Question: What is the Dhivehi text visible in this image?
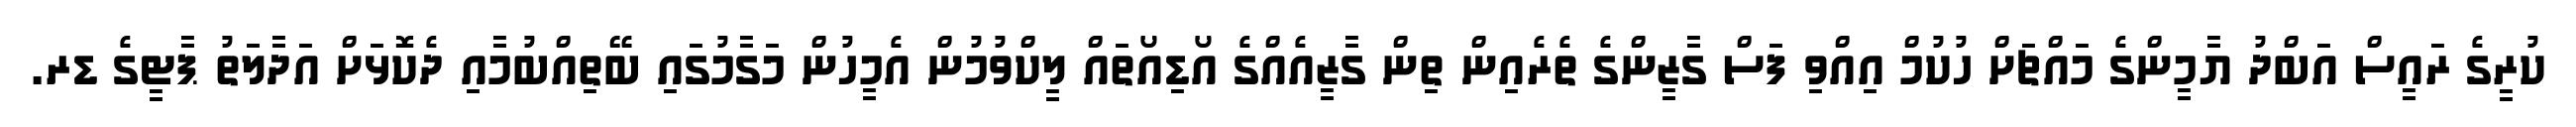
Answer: ކުރީގެ ރައީސް އަބްދު ޔާމީންގެ މައްޗަށް ހުކުމް އިއްވި ފަސް ގާޒީންގެ ތެރެއިން ތިން ގާޒީއެއްގެ އޯޑިއޯތައް ލީކްވުމުން އެމީހުން މަގާމުގައި ބޭތިއްބުމާއި ދެކޮޅަށް އަދާލަތު ޕާޓީގެ ޑރ.